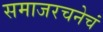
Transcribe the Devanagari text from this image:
समाजरचनेचं